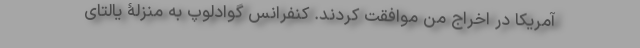
آمریکا در اخراج من موافقت کردند. کنفرانس گوادلوپ به منزلۀ یالتای